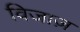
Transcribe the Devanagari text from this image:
विजाज़